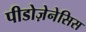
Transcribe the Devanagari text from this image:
पीडोज़ेनेसिस